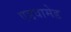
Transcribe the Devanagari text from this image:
एडवामेड